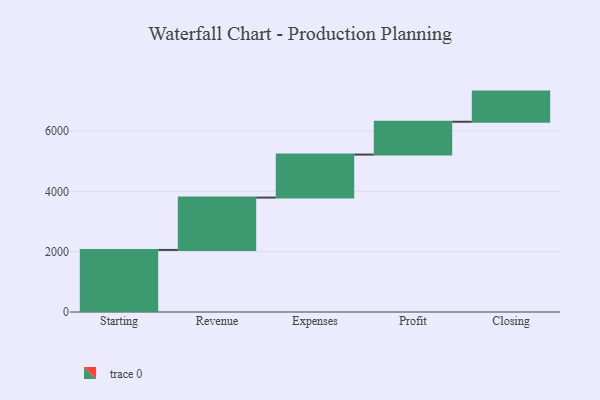
{"axis": {"x": "Step", "y": "Value"}, "legend": [""], "data": [{"x": "Starting", "y": 2058.0, "type": ""}, {"x": "Revenue", "y": 1735.0, "type": ""}, {"x": "Expenses", "y": 1426.0, "type": ""}, {"x": "Profit", "y": 1088.0, "type": ""}, {"x": "Closing", "y": 1000, "type": ""}]}